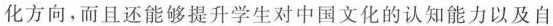
化方向,而且还能够提升学生对中国文化的认知能力以及自